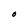
Character: O